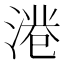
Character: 𱧺